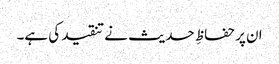
ان پر حفاظِ حدیث نے تنقید کی ہے۔